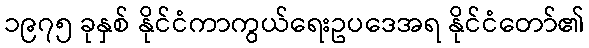
၁၉၇၅ ခုနှစ် နိုင်ငံကာကွယ်ရေးဥပဒေအရ နိုင်ငံတော်၏